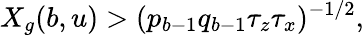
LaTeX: X_{g}(b,u)>(p_{b-1}q_{b-1}\tau_{z}\tau_{x})^{-1/2},